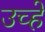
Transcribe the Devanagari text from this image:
उच्हे